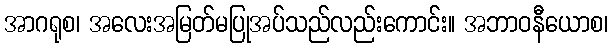
အာဂရုစ၊ အလေးအမြတ်မပြုအပ်သည်လည်းကောင်း။ အဘာဝနီယောစ၊